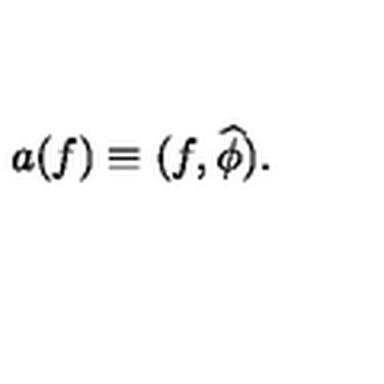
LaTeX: a ( f ) \equiv ( f , \widehat \phi ) .